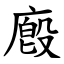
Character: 廏